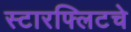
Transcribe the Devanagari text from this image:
स्टारफ्लिटचे